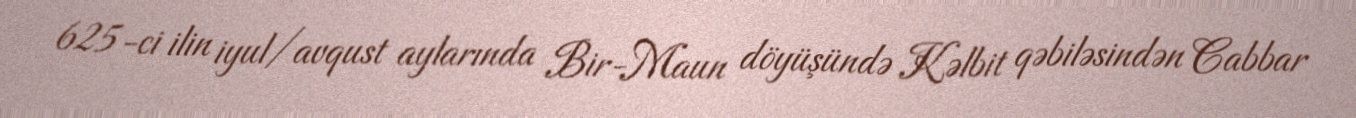
625-ci ilin iyul/avqust aylarında Bir-Maun döyüşündə Kəlbit qəbiləsindən Cabbar